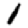
Digit: 1